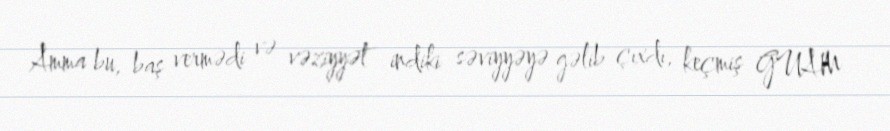
Amma bu, baş vermədi və vəziyyət indiki səviyyəyə gəlib çıxdı, keçmiş GUAM